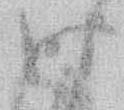
時